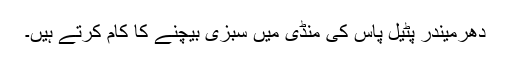
دھرمیندر پٹیل پاس کی منڈی میں سبزی بیچنے کا کام کرتے ہیں۔